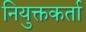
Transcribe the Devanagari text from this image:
नियुक्तकर्ता